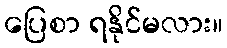
ပြေစာ ရနိုင်မလား။